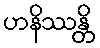
ဟနိဿန္တိ